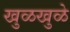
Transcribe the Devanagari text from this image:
खुळखुळे